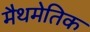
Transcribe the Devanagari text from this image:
मैथमेतिक